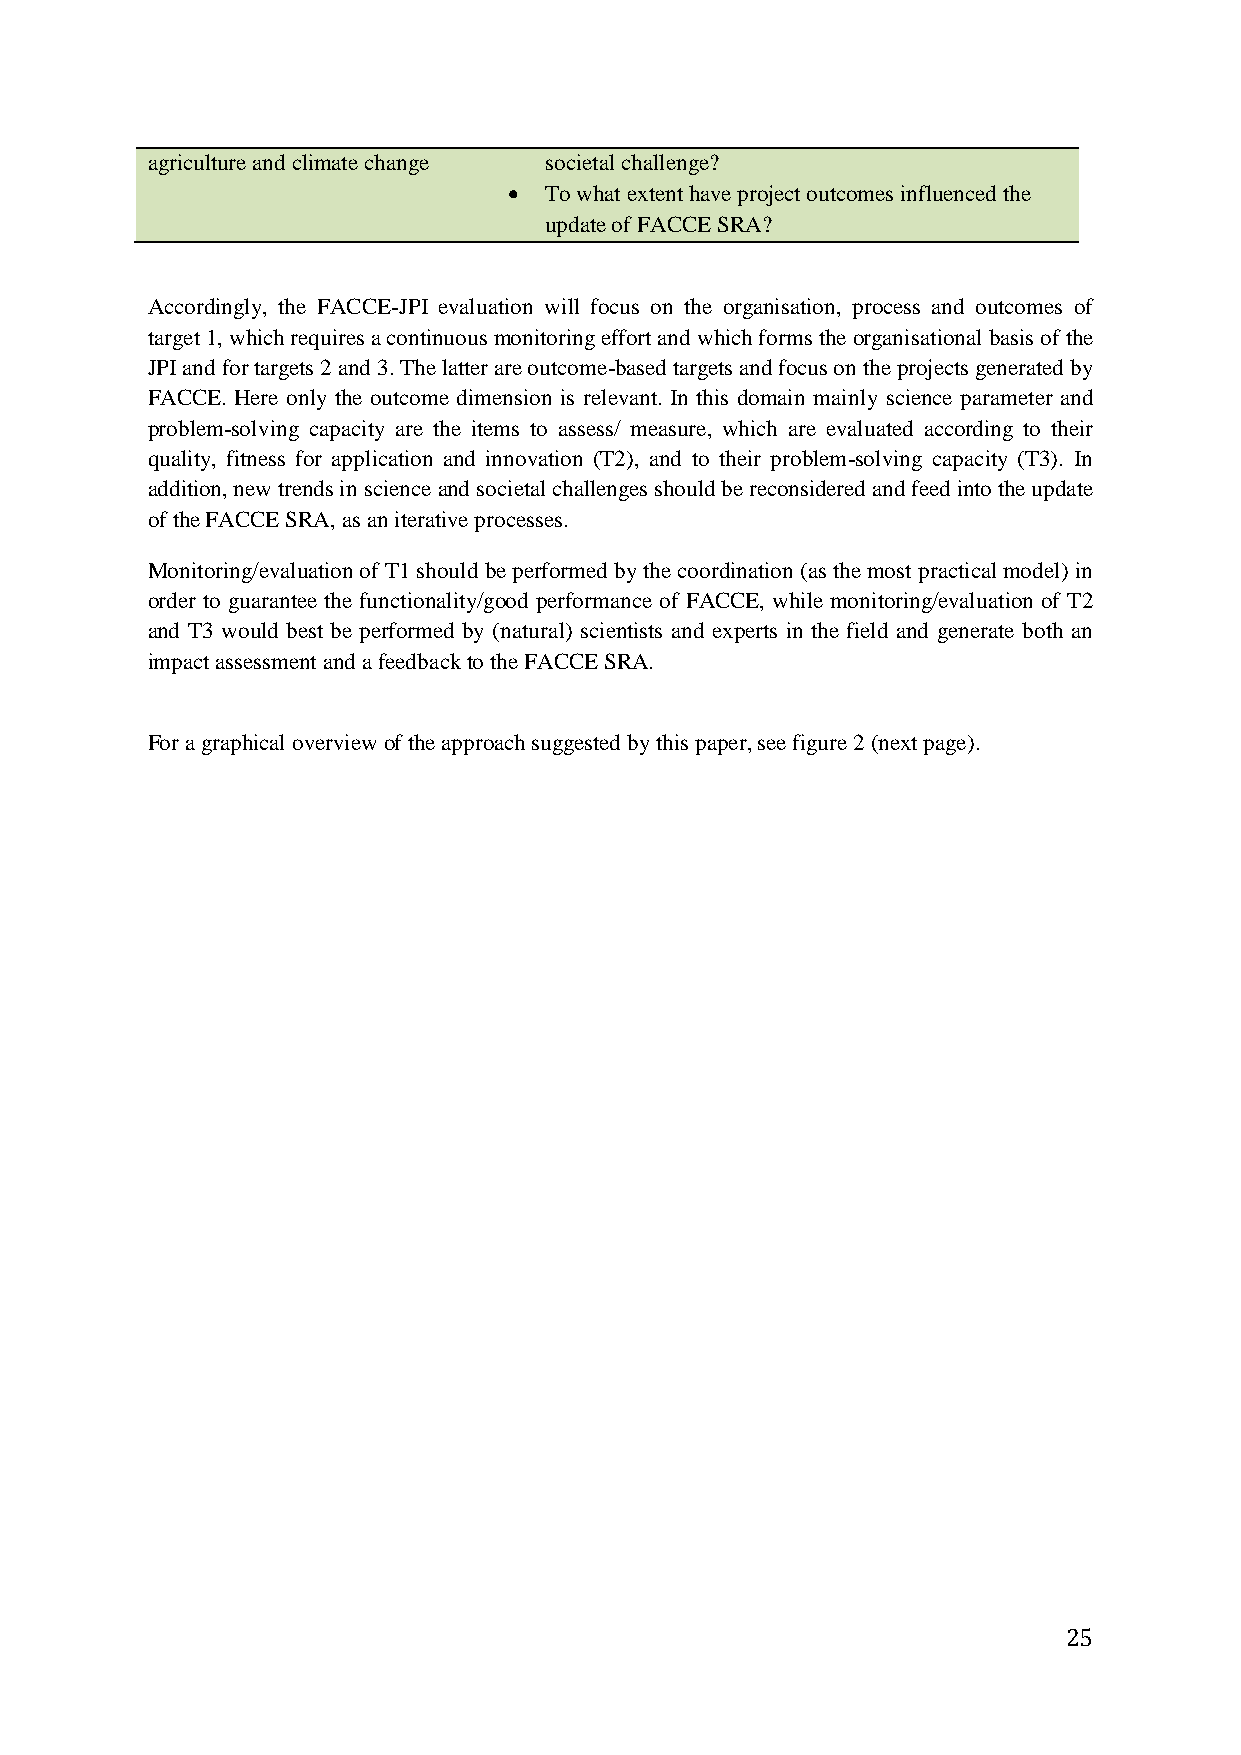
agriculture and climate change societal challenge?
  To what extent have project outcomes influenced the
 update of FACCE SRA?
 Accordingly, the FACCE-JPI evaluation will focus on the organisation, process and outcomes of
 target 1, which requires a continuous monitoring effort and which forms the organisational basis of the
 JPI and for targets 2 and 3. The latter are outcome-based targets and focus on the projects generated by
 FACCE. Here only the outcome dimension is relevant. In this domain mainly science parameter and
 problem-solving capacity are the items to assess/ measure, which are evaluated according to their
 quality, fitness for application and innovation (T2), and to their problem-solving capacity (T3). In
 addition, new trends in science and societal challenges should be reconsidered and feed into the update
 of the FACCE SRA, as an iterative processes.
 Monitoring/evaluation of T1 should be performed by the coordination (as the most practical model) in
 order to guarantee the functionality/good performance of FACCE, while monitoring/evaluation of T2
 and T3 would best be performed by (natural) scientists and experts in the field and generate both an
 impact assessment and a feedback to the FACCE SRA.
 For a graphical overview of the approach suggested by this paper, see figure 2 (next page).
 25